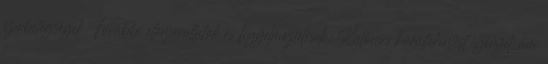
szívbetegségek További ellenjavallatok és figyelmeztetések: Különös körültekintést igényel, ám